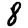
Digit: 8